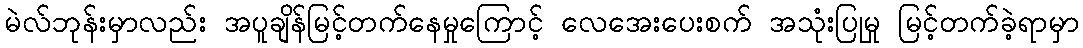
မဲလ်ဘုန်းမှာလည်း အပူချိန်မြင့်တက်နေမှုကြောင့် လေအေးပေးစက် အသုံးပြုမှု မြင့်တက်ခဲ့ရာမှာ